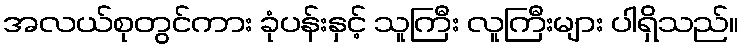
အလယ်စုတွင်ကား ခုံပန်းနှင့် သူကြီး လူကြီးများ ပါရှိသည်။